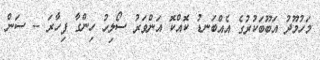
މަހުމޫދު އަބޫބަކުރުގެ އެއްބަނޑު ކޮއްކޮ އަންވަރު ސޯލިހު ހިންގާ ފިހާރަ -- ސަން